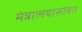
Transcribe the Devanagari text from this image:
मंत्रालयासोबत